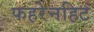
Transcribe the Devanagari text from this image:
फहरेनहिट